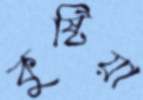
কুষ্টিয়া